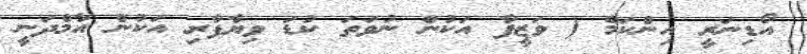
އޯޑިނަރީ އިންކަމް ( ވަޒީފާ އަކުން ނުވަތަ ކުޑަ ވިޔާފާރި އަކުން އާމްދަނީ